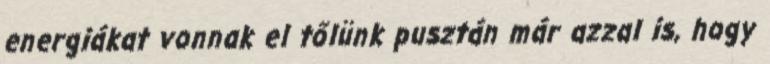
energiákat vonnak el tőlünk pusztán már azzal is, hogy